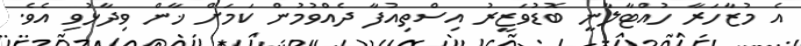
އެ މުޒާހަރާ ހުއްޓާލާނީ ބޮޑުވަޒީރު އިސްތިއުފާ ދެއްވުމުން ކަމަށް ޚާން ވިދާޅުވި އެވެ.